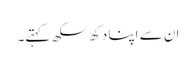
ان سے اپنا دکھ سکھ کہتے۔